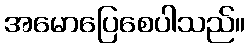
အမောပြေစေပါသည်။